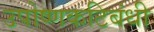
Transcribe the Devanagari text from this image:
उपोष्णकटिबंधी